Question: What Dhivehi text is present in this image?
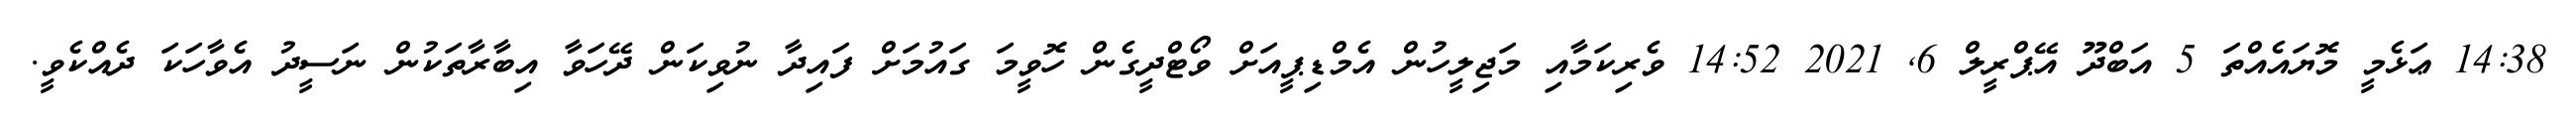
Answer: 14:38 ޢަޅެމީ މޮޔައެއްތަ 5 އަބްދޫ އޭޕްރީލް 6, 2021 14:52 ވެރިކަމާއި މަޖިލީހުން އެމްޑިޕީއަށް ވޯޓްދީގެން ހޮވީމަ ގައުމަށް ފައިދާ ނުވިކަން ދޭހަވާ އިބާރާތަކުން ނަސީދު އެވާހަކަ ދެއްކެވީ.